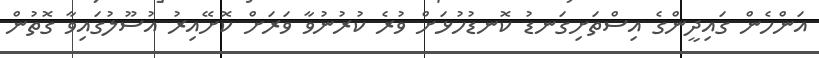
އަންހެން ގައިދީންގެ އިސްތަށިގަނޑު ކޮނޑުހުޅަށް ވުރެ ކުރުނުވާ ވަރަށް ކޮށޭއިރު އުސޫލުގައިވާ ގޮތުން